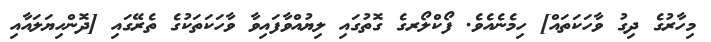
މިހާރުގެ ދިގު ވާހަކަތައް] ހިމެނެއެވެ. ފޯކްލޯރގެ ގޮތުގައި ލިޔުއްވާފައިވާ ވާހަކަތަކުގެ ތެރޭގައި [ދޮންހިޔަލައާއި